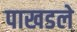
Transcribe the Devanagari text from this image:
पाखडले